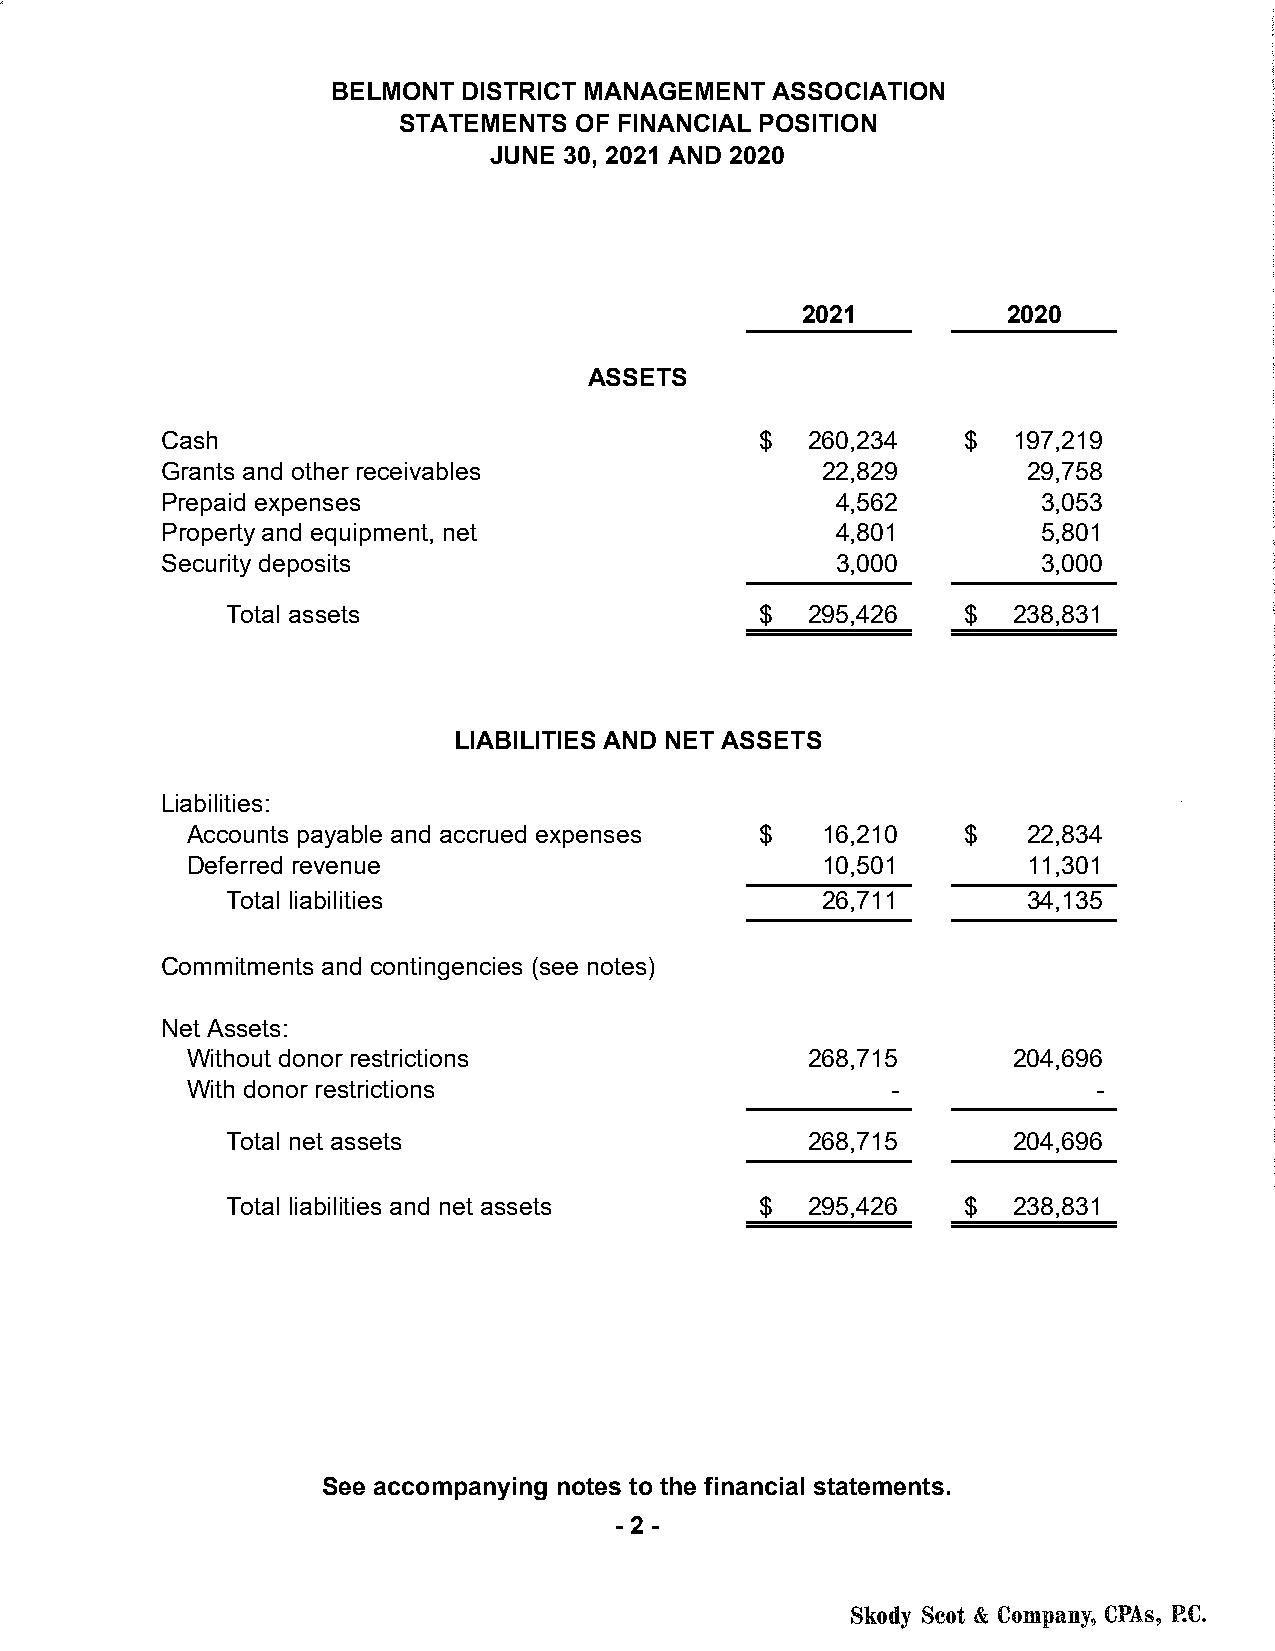
BELMONT  DISTRICT MANAGEMENT ASSOCIATION
 STATEMENTS  OF FINANCIAL POSITION
 JUNE 30, 2021 AND 2020
 2021          2020
 ASSETS
 Cash                                   $  2 60,234   $  197,219
 Grants and other receivables               22,829        29,758
 Prepaid expenses                            4,562         3,053
 Property and equipment, net                 4,801         5 ,801
 Security deposits                           3,000         3,000
 Total assets                       $  2 95,426   $  238,831
 LIABILITIES AND NET ASSETS
 Liabilities:
 Accounts payable and accrued expenses $   1 6,210   $   2 2,834
 Deferred revenue                          1 0,501       11,301
 Total liabilities                      2 6,711       34,135
 Commitments and contingencies (see notes)
 Net Assets:
 Without donor restrictions               2 68,715      204,696
 With donor restrictions                        -             -
 Total net assets                      2 68,715      2 04,696
 Total liabilities and net assets   $  2 95,426   $  238,831
 See accompanying notes to the financial statements.
 - 2 -